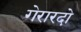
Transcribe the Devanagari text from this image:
गेरारदो